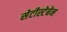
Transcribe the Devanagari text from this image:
सेटीस्‍टेबेन